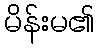
မိန်းမ၏